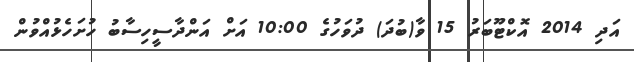
އަދި 2014 އޮކްޓޫބަރު 15 ވާ(ބުދަ) ދުވަހުގެ 10:00 އަށް އަންދާސީހިސާބު ހުށަހެޅުއްވުން